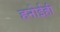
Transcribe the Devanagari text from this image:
हनोईही